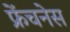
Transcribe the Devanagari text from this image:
फ्रेंचनेस